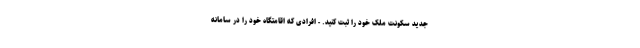
جدید سکونت ملک خود را ثبت کنید. - افرادی که اقامتگاه خود را در سامانه